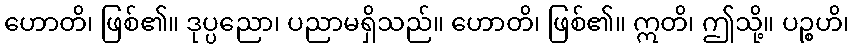
ဟောတိ၊ ဖြစ်၏။ ဒုပ္ပညော၊ ပညာမရှိသည်။ ဟောတိ၊ ဖြစ်၏။ ဣတိ၊ ဤသို့။ ပဉ္စဟိ၊